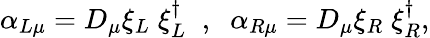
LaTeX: \alpha_{L\mu}=D_{\mu}\xi_{L}\; \xi_{L}^{\dagger}\; \; ,\; \; \alpha_{R\mu}=D_{\mu}\xi_{R}\; \xi_{R}^{\dagger},